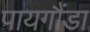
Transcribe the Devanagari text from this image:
पायगौंडा